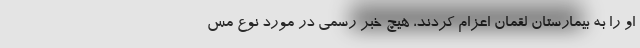
او را به بیمارستان لقمان اعزام کردند، هیچ خبر رسمی در مورد نوع مس